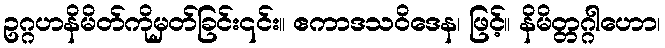
ဥဂ္ဂဟနိမိတ်ကိုမှတ်ခြင်း၎င်း။ ဧကာဒသဝိဒေန၊ ဖြင့်။ နိမိတ္တဂ္ဂါဟော၊